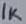
Text: 1K